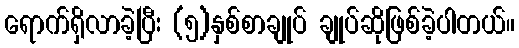
ရောက်ရှိလာခဲ့ပြီး (၅)နှစ်စာချုပ် ချုပ်ဆိုဖြစ်ခဲ့ပါတယ်။